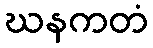
ဃနကတံ